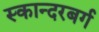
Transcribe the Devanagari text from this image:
स्कान्दरबर्ग